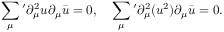
\sum _ { \mu } { } ^ { \prime } \partial _ { \mu } ^ { 2 } u \partial _ { \mu } \bar { u } = 0 , \quad \sum _ { \mu } { } ^ { \prime } \partial _ { \mu } ^ { 2 } ( u ^ { 2 } ) \partial _ { \mu } \bar { u } = 0 .